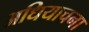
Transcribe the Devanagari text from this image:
अधियाचना